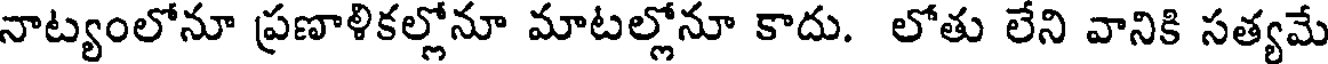
నాట్యంలోనూ ప్రణాళికల్లోనూ మాటల్లోనూ కాదు. లోతు లేని వానికి సత్యమే